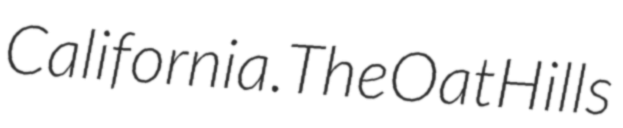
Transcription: California.The Oat Hills